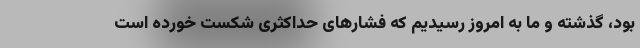
بود، گذشته و ما به امروز رسیدیم که فشارهای حداکثری شکست خورده است